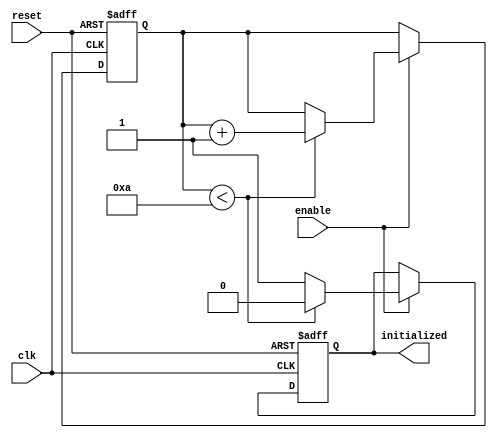
module ClockCycleInitialization (
    input wire clk,          // Clock signal
    input wire reset,        // Active-high reset signal
    input wire enable,       // Control signal for initialization
    output reg initialized    // Flag indicating initialization status
);

    // Internal state to manage initialization
    reg [3:0] init_counter; // Counter to track initialization cycles
    parameter INIT_CYCLES = 4'd10; // Define the number of cycles for initialization

    // Initialization state
    always @(posedge clk or posedge reset) begin
        if (reset) begin
            // Reset state
            initialized <= 1'b0; // Reset initialized flag
            init_counter <= 4'b0; // Reset counter
        end else if (enable) begin
            // If enable is high, manage initialization
            if (init_counter < INIT_CYCLES) begin
                init_counter <= init_counter + 1; // Increment counter
                initialized <= 1'b0; // Still initializing
            end else begin
                initialized <= 1'b1; // Initialization complete
            end
        end
    end

endmodule